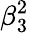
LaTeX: \beta_{3}^{2}